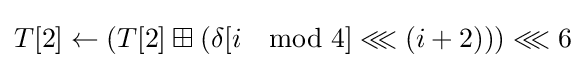
T[2]\leftarrow \left(T[2]\boxplus \left(\delta [i\mod 4]\lll \left(i+2\right)\right)\right)\lll 6